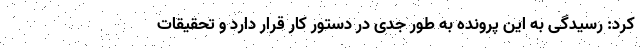
کرد: رسیدگی به این پرونده به طور جدی در دستور کار قرار دارد و تحقیقات